Lunatic asylums Madras 1877-1891 - 1877-1891
Year: 1877
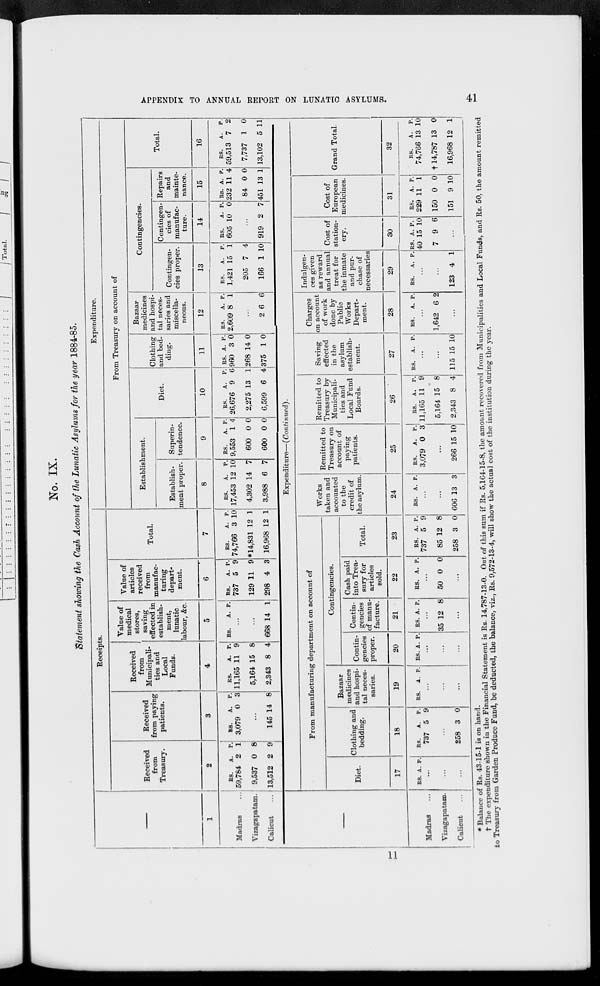
APPENDIX TO ANNUAL REPORT ON LUNATIC ASYLUMS.
41
No. IX.
Statement showing the Cash Account of the Lunatic Asylums for the year 1884-85.
Receipts.
—
1
Madras ...
Vizagapatam.
Calicut ...
Received
from
Treasury.
2
RS.
59,784
9,537
13,512
A.
2
0
2
P.
1
8
9
Received
from paying
patients.
3
RS.
3,079
A.
0
P.
3
...
145 14 8
Received
from
Municipali-
ties and
Local
Funds.
4
RS.
11,165
5,164
2,343
A.
11
15
8
P.
9
8
4
Value of
medical
stores,
saving
effected in
establish-
ment,
lunatic
labour, &c.
5
RS.
A. P.
...
...
668 14 1
Value of
articles
received
from
manufac-
turing
depart-
ment.
6
RS.
737
129
298
A.
5
11
4
P.
9
9
3
Total.
7
RS.
74,766
*14,831
16,968
A.
3
12
12
P.
10
1
1
Expenditure.
From Treasury on account of
Establishment.
Establish-
ment proper.
8
RS.
17,453
4,302
3,988
A
12
14
6
P.
10
7
7
Superin-
tendence.
9
RS.
9,553
600
600
A.
1
0
0
P.
4
0
0
Diet.
10
RS.
26,676
2,275
6,599
A.
9
13
6
P.
6
1
4
Clothing
and bed-
ding.
11
RS.
960
268
375
A.
3
14
1
P.
0
0
0
Bazaar
medicines
and hospi-
tal neces-
saries and
miscella-
neous.
12
RS.
2,609
A.
8
P.
1
...
2 6 6
Contingencies.
Contingen-
cies proper.
13
RS.
1,421
205
166
A.
15
7
1
P.
1
4
10
Contingen-
cies of
manufac-
ture.
14
RS.
605
A.
10
P.
0
...
919 2 7
Repairs
and
mainte-
nance.
15
RS.
232
84
451
A.
11
0
13
P.
4
0
1
Total.
16
RS.
59,513
7,737
13,102
A.
7
1
5
P.
2
0
11
—
Madras ...
Vizagapatam.
Calicut
...
Expenditure—(Continued).
From manufacturing department on account of
Diet.
17
RS. A. P.
...
...
...
Clothing and
bedding.
18
RS.
737
A.
5
P.
9
...
258 3 0
Bazaar
medicines
and hospi-
tal neces-
saries.
19
RS.
A. P.
...
...
...
Contingencies.
Contin-
gencies
proper.
20
RS. A. P.
...
...
...
Contin-
gencies
of manu-
facture.
21
RS. A. P.
...
35 12 8
...
Cash paid
into Trea-
sury for
articles
sold.
22
RS. A. P.
...
50 0 0
...
Total.
23
RS.
737
85
258
A.
5
12
3
P.
9
8
0
Works
taken and
accounted
to the
credit of
the asylum.
24
RS. A. P.
...
...
606 13 3
Remitted to
Treasury on
account of
paying
patients.
25
RS.
3,079
A.
0
P.
3
...
266 15 10
Remitted to
Treasury by
Municipali-
ties and
Local Fund
Boards.
26
RS.
11,165
5,164
2,343
A.
11
15
8
P.
9
8
4
Saving
effected
in the
asylum
establish-
ment.
27
RS.
A. P.
...
...
115 15 10
Charges
on account
of work
done by
Public
Works
Depart-
ment.
28
RS.
A. P.
...
1,642 6 2
...
Indulgen-
ces given
as reward
and annual
treat for
the inmate
and pur-
chase of
necessaries
29
RS.
A. P.
...
...
123 4 1
Cost of
station-
ery.
30
RS.
40
7
A.
15
9
P.
10
6
...
Cost of
European
medicines.
31
RS.
229
150
151
A.
11
0
9
P.
1
0
10
Grand Total.
32
RS.
74,766
†14,787
16,968
A.
13
13
12
P.
10
0
1
* Balance of Rs. 43-15-1 is on hand.
† The expenditure shown in the Financial Statement is Rs. 14,787-13-0. Out of this sum if Rs. 5,l64-15-8, the amount recovered from Municipalities and Local Funds, and Rs. 50, the amount remitted
to Treasury from Garden Produce Fund, be deducted, the balance, viz., Rs. 9,572-13-4, will show the actual cost of the institution during the year.
11